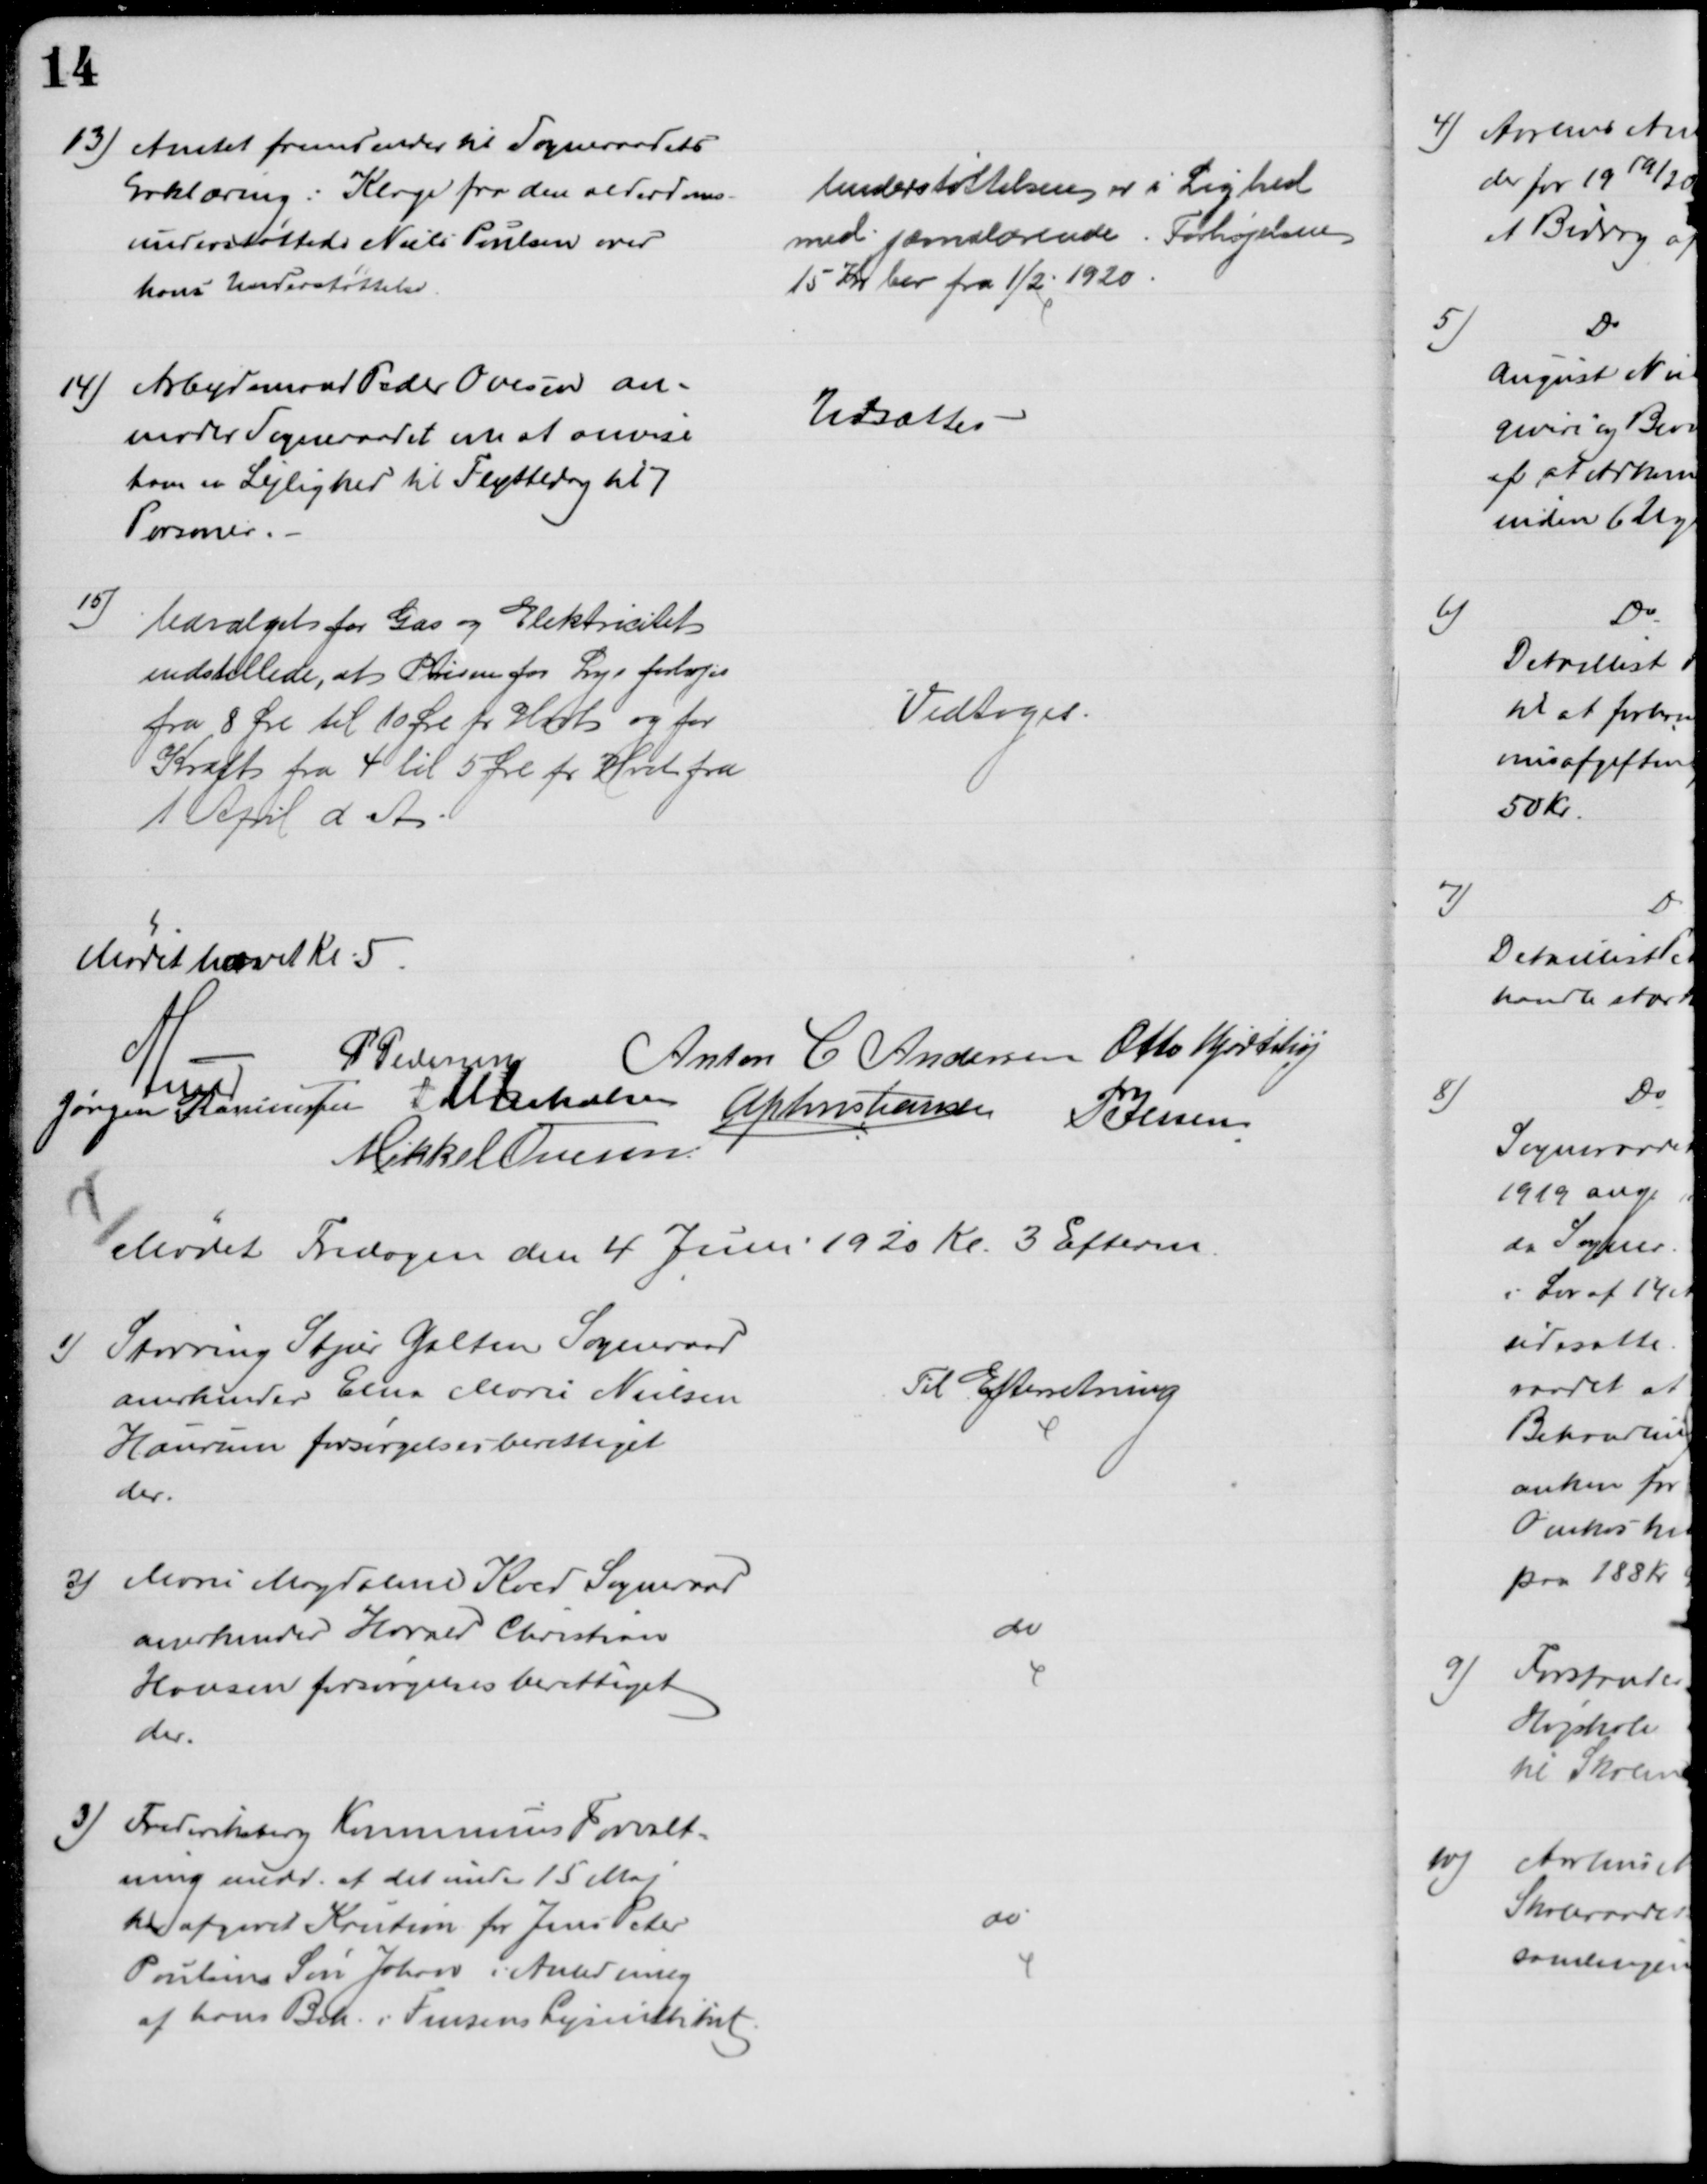
Transskription:
13) Amtet fremsender til Sogneraadets
Erklæring: Klage fra den alderdoms-
understøttede Niels Poulsen over
hans Understøttelse.
Understøttelsen er i Lighed
med jævnaldrende. Forhøjelsen
15 Kr bev fra 1/2 1920.
14) Arbejdsmand Peder Ovesen an-
moder Sogneraadet om at anvise
ham en Lejlighed til Flyttedag til 7
Personer.
Udsættes
15)
Udvalget for Gas og Elektricitet
indstillede, at Prisen for Lys forhøjes
fra 8 Øre til 10 Øre pr. Hwt og for
Kraft fra 4 til 5 Øre pr Hwt fra
1 April d. A.
Vedtoges.
Mødet hævet Kl 5
A Lund
P Pedersen
Anton C Andersen Otto Hjortshøj
Jørgen Rasmussen J M Jakobsen A P Christiansen P. Jessen
Mikkel Ovesen
Mødet Fredagen den 4 Juni 1920 Kl. 3 Efterm. 
1)
Storring Stjær Galten Sogneraad
anerkender Elna Marie Nielsen
Haurum forsørgelsesberettiget
der.
Til Efterretning
2)
Marie Magdalene Koed Sogneraad
anerkender Harald Christian
Hansen forsørgelsesberettiget
der.
do
3) Frederiksberg Kommunes Forvalt-
ning medd. at det under 15 Maj
har afgivet Kaution for Jens Peter
Poulsens Søn Johan i Anledning
af hans Beh. i Finsens Lysinstitut
do